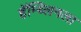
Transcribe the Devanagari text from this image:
हॅम्ब्लिनला